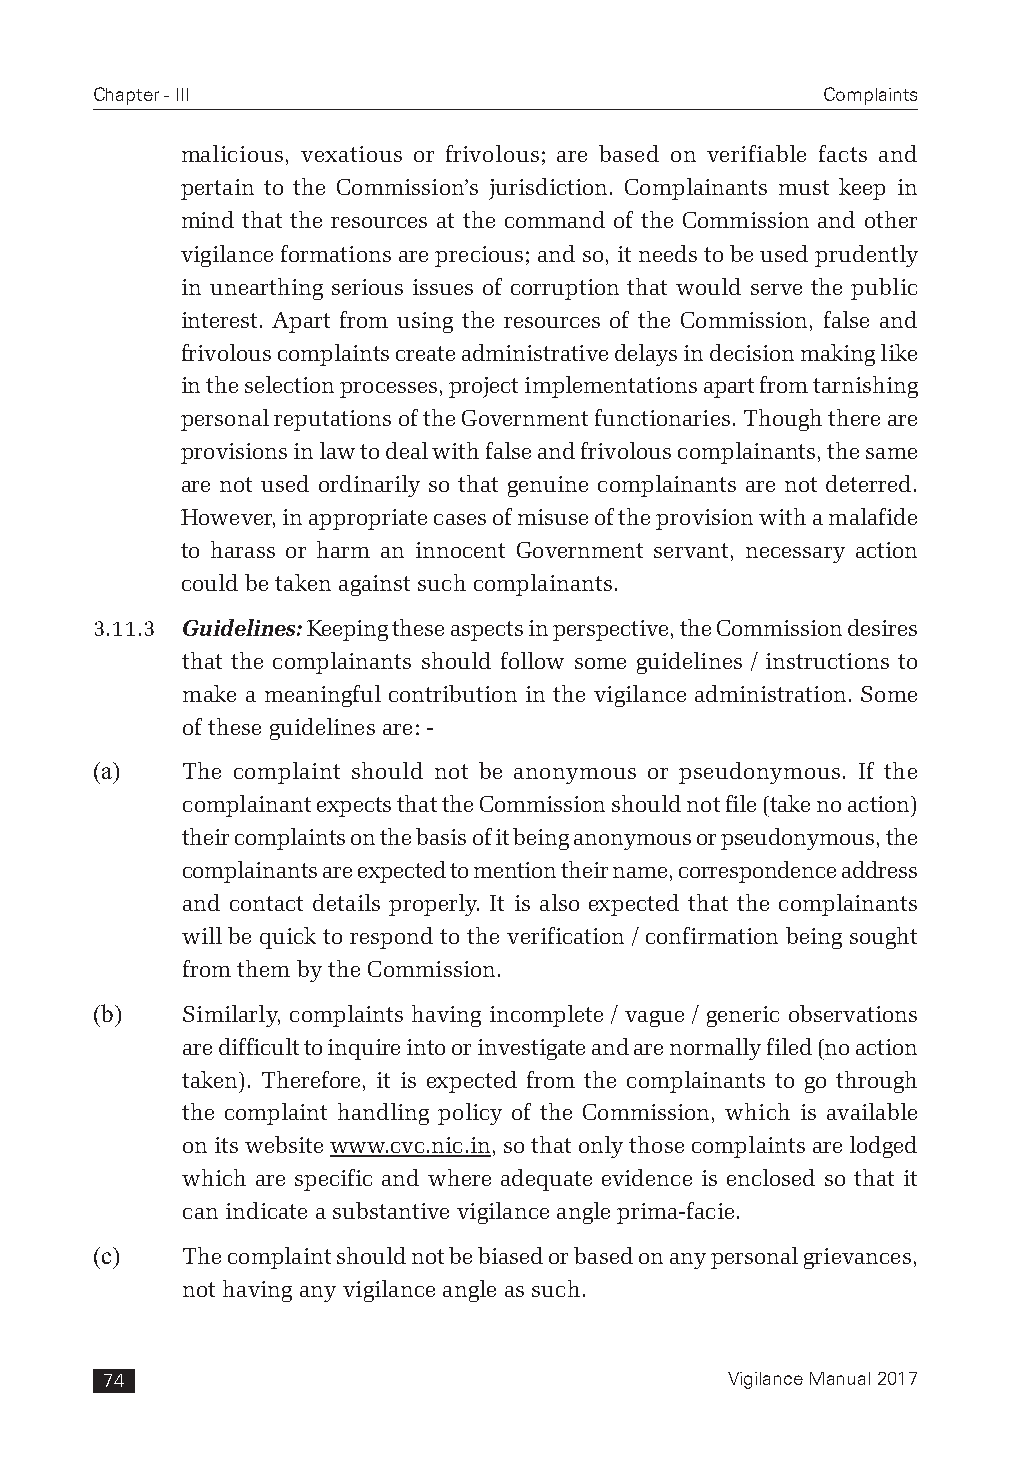
Chapter - III                                   Complaints
 malicious, vexatious or frivolous; are based on verifiable facts and
 pertain to the Commission’s jurisdiction. Complainants must keep in
 mind that the resources at the command of the Commission and other
 vigilance formations are precious; and so, it needs to be used prudently
 in unearthing serious issues of corruption that would serve the public
 interest. Apart from using the resources of the Commission, false and
 frivolous complaints create administrative delays in decision making like
 in the selection processes, project implementations apart from tarnishing
 personal reputations of the Government functionaries. Though there are
 provisions in law to deal with false and frivolous complainants, the same
 are not used ordinarily so that genuine complainants are not deterred.
 However, in appropriate cases of misuse of the provision with a malafide
 to harass or harm an innocent Government servant, necessary action
 could be taken against such complainants.
 3.11.3 Guidelines: Keeping these aspects in perspective, the Commission desires
 that the complainants should follow some guidelines / instructions to
 make a meaningful contribution in the vigilance administration. Some
 of these guidelines are: -
 (a)   The complaint should not be anonymous or pseudonymous. If the
 complainant expects that the Commission should not file (take no action)
 their complaints on the basis of it being anonymous or pseudonymous, the
 complainants are expected to mention their name, correspondence address
 and contact details properly. It is also expected that the complainants
 will be quick to respond to the verification / confirmation being sought
 from them by the Commission.
 (b)   Similarly, complaints having incomplete / vague / generic observations
 are difficult to inquire into or investigate and are normally filed (no action
 taken). Therefore, it is expected from the complainants to go through
 the complaint handling policy of the Commission, which is available
 on its website www.cvc.nic.in, so that only those complaints are lodged
 which are specific and where adequate evidence is enclosed so that it
 can indicate a substantive vigilance angle prima-facie.
 (c)   The complaint should not be biased or based on any personal grievances,
 not having any vigilance angle as such.
 74                                       Vigilance Manual 2017